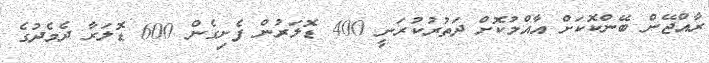
ރާއްޖޭން ބޭންކޮކަށް އާއްމުކޮށް ދަތުރުކުރަނީ 400 ޑޮލަރުން ފެށިގެން 600 ޑޮލަރާ ދެމެދުގެ